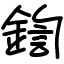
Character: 鍧